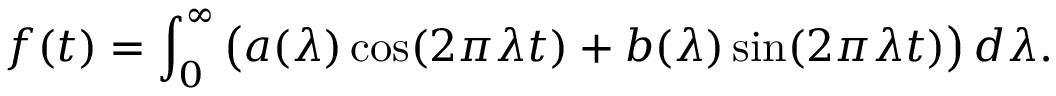
f ( t ) = \int _ { 0 } ^ { \infty } { \bigl ( } a ( \lambda ) \cos ( 2 \pi \lambda t ) + b ( \lambda ) \sin ( 2 \pi \lambda t ) { \bigr ) } \, d \lambda .